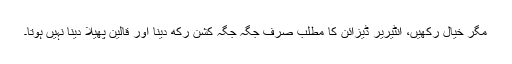
مگر خیال رکھیں، انٹیریر ڈیزائن کا مطلب صرف جگہ جگہ کشن رکھ دینا اور قالین پھیلا دینا نہیں ہوتا۔